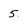
Character: 5